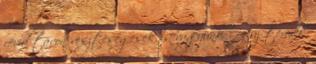
rövid távon veszteségesek is vagyunk - ez új termék